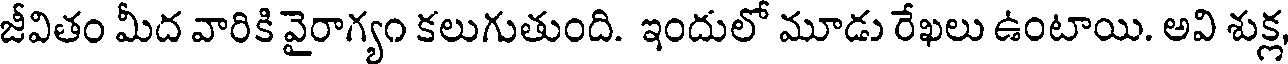
జీవితం మీద వారికి వైరాగ్యం కలుగుతుంది. ఇందులో మూడు రేఖలు ఉంటాయి. అవి శుక్ల